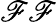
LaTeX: \mathscr{F}\mathscr{F}